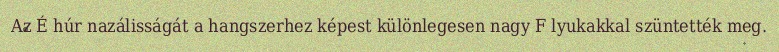
Az É húr nazálisságát a hangszerhez képest különlegesen nagy F lyukakkal szüntették meg.